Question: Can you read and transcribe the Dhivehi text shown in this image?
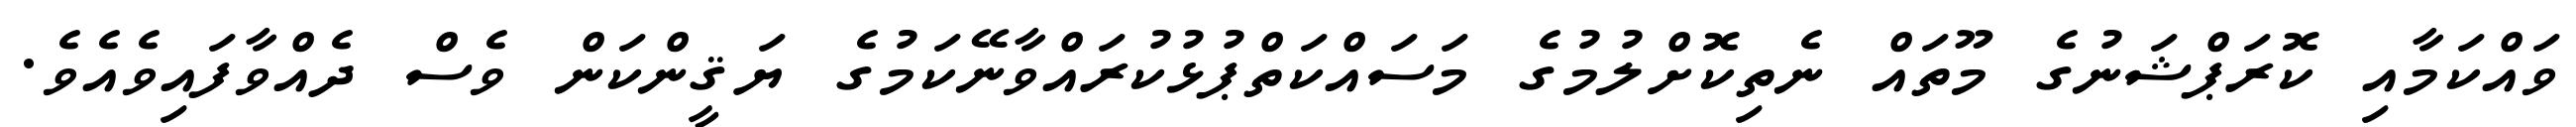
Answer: ވައްކަމާއި ކޮރަޕްޝަނުގެ މޫތައް ނެތިކޮށްލުމުގެ މަސައްކަތްޕުޅުކުރައްވާނޭކަމުގެ ޔަޤީންކަން ވެސް ދެއްވާފައިވެއެވެ.